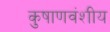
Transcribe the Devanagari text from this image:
कुषाणवंशीय